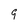
Character: 9